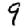
Digit: 9